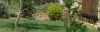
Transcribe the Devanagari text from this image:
अंतराळवीरांमध्ये